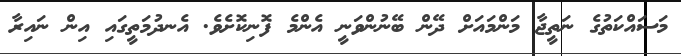
މަސައްކަތުގެ ނަތީޖާ މަންމައަށް ދޭން ބޭނުންވަނީ އެންމެ ފޮނިކޮށެވެ. އެނދުމަތީގައި އިން ނައިރާ